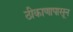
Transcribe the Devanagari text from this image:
ठीकाणापासून